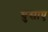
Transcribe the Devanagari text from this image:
घुसाए